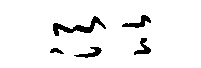
须比